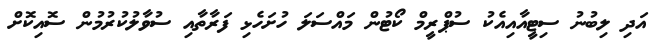
އަދި ލިބުނު ސިޓީއާއިއެކު ސުޕްރީމް ކޯޓުން މައްސަލަ ހުށަހެޅި ފަރާތާއި ސުވާލުކުރުމުން ސޮއިކޮށް